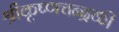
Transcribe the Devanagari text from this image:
श्रीकृष्णचन्द्रकी